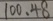
1 0 0 . 4 8